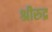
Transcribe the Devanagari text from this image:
श्रीरुद्र